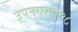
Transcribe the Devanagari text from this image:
उपनगरात१८